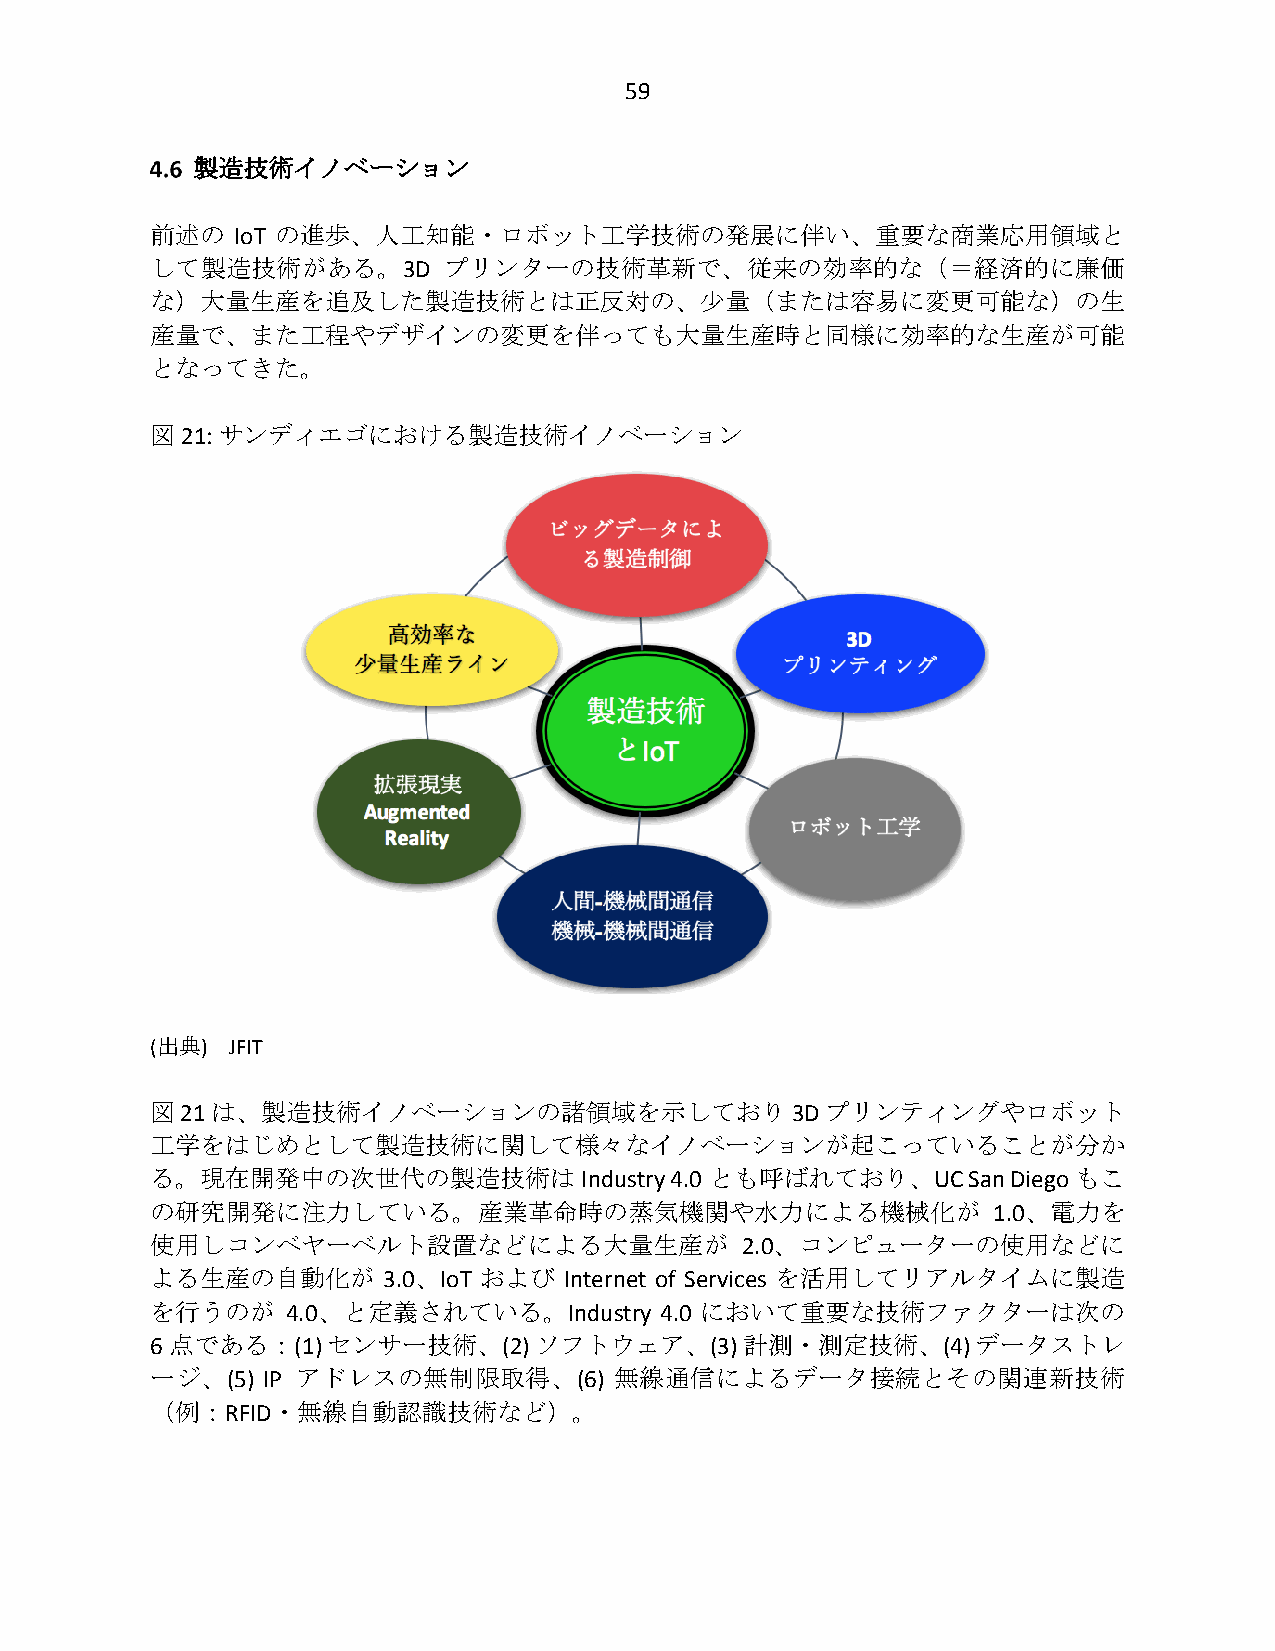
59
 製造技術イノベーション
 前述の  IoT の進歩、人工知能・ロボット工学技術の発展に伴い、重要な商業応用領域と
 して製造技術がある。3D       プリンターの技術革新で、従来の効率的な（＝経済的に廉価
 な）大量生産を追及した製造技術とは正反対の、少量（または容易に変更可能な）の生
 産量で、また工程やデザインの変更を伴っても大量生産時と同様に効率的な生産が可能
 となってきた。
 図 21: サンディエゴにおける製造技術イノベーション
 (出典) JFIT
 図21は、製造技術イノベーションの諸領域を示しており3Dプリンティングやロボット
 工学をはじめとして製造技術に関して様々なイノベーションが起こっていることが分か
 る。現在開発中の次世代の製造技術は           Industry 4.0 とも呼ばれており、UC  San Diego もこ
 の研究開発に注力している。産業革命時の蒸気機関や水力による機械化が                       1.0、電力を
 使用しコンベヤーベルト設置などによる大量生産が                2.0、コンピューターの使用などに
 よる生産の自動化が      3.0、IoT および Internet of Services を活用してリアルタイムに製造
 を行うのが    4.0、と定義されている。Industry    4.0 において重要な技術ファクターは次の
 6 点である：(1)  センサー技術、(2)   ソフトウェア、(3)    計測・測定技術、(4)     データストレ
 ージ、(5) IP アドレスの無制限取得、(6)       無線通信によるデータ接続とその関連新技術
 （例：RFID・無線自動認識技術など）。